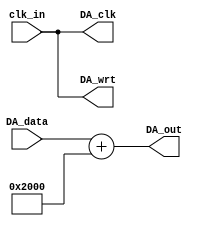
//============================================================================================
/*
 * #Author       : sterben(Duan)
 * #LastAuthor   : sterben(Duan)
 * #Date         : 2019-09-27 00:00:34
 * #lastTime     : 2020-01-22 23:54:59
 * #FilePath     : src\Driver\DAC_driver\DAC9767_driver\DA9767.v
 * #Description  : port:
 */
//============================================================================================

module DA9767 #
(
	parameter INPUT_WIDTH = 14,
	parameter INPUT_STYLE = "signed",
	parameter ALIGNED_STYLE = "LSB"
)
(
	input 			               clk_in,
    input   [INPUT_WIDTH - 1 : 0]  DA_data,
	output						   DA_clk,
	output			               DA_wrt,
	output  [13:0] 	               DA_out
);

generate if(INPUT_STYLE == "signed") begin : OUTPUT
	if (INPUT_WIDTH < 14) begin
		localparam DATA_WIDTH = 14 - INPUT_WIDTH;
		if (ALIGNED_STYLE == "LSB") begin
			assign 	DA_out = $signed({{DATA_WIDTH{DA_data[INPUT_WIDTH-1]}},DA_data}) 
											+ $signed(14'd8192);
		end
		else if(ALIGNED_STYLE == "MSB") begin
			reg [DATA_WIDTH - 1 : 0 ] data_buf = 0;
			assign 	DA_out = $signed({DA_data,data_buf}) + $signed(14'd8192);
		end
	end
	else begin
		assign 	DA_out = $signed(DA_data[INPUT_WIDTH - 1 : INPUT_WIDTH - 14]) + $signed(14'd8192);
	end
end
else if(INPUT_STYLE == "unsigned") begin
	if (INPUT_WIDTH < 14) begin
		localparam DATA_WIDTH = 14 - INPUT_WIDTH;
		if (ALIGNED_STYLE == "LSB") begin
			assign 	DA_out = {{DATA_WIDTH{DA_data[INPUT_WIDTH-1]}},DA_data};
		end
		else if(ALIGNED_STYLE == "MSB") begin
			reg [DATA_WIDTH - 1 : 0 ] data_buf = 0;
			assign 	DA_out = {DA_data,data_buf};
		end
	end
	else begin
		assign 	DA_out = DA_data[INPUT_WIDTH - 1 : INPUT_WIDTH - 14];
	end
end
endgenerate	

assign 				DA_clk = clk_in;
assign 				DA_wrt = clk_in;

endmodule